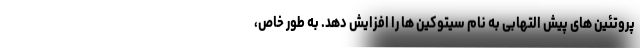
پروتئین های پیش التهابی به نام سیتوکین ها را افزایش دهد. به طور خاص،